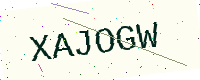
Text: XAJOGW